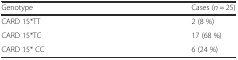
| Genotype | Cases (n = 25) |
 | --- | --- |
 | CARD 15*TT | 2 (8 %) |
 | CARD 15*TC | 17 (68 %) |
 | CARD 15* CC | 6 (24 %) |